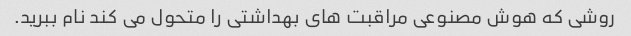
روشی که هوش مصنوعی مراقبت های بهداشتی را متحول می کند نام ببرید.